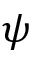
\psi